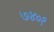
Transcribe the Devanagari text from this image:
७४०१